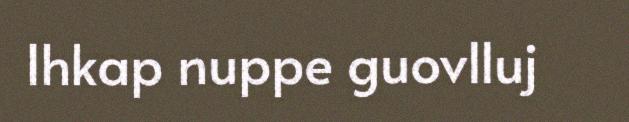
Ihkap nuppe guovlluj